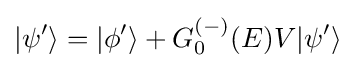
|\psi '\rangle =|\phi '\rangle +G_{0}^{(-)}(E)V|\psi '\rangle